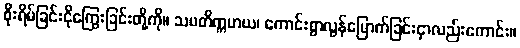
စိုးရိမ်ခြင်းငိုကြွေးခြင်းတို့ကို။ သမတိက္ကမာယ၊ ကောင်းစွာလွန်မြောက်ခြင်းငှာလည်းကောင်း။